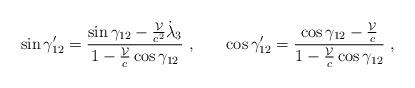
LaTeX: \begin{align*}\sin \gamma_{12}' = \frac {\sin \gamma_{12} - \frac {\cal V}{c^2} \dot \lambda_3}{1 - \frac {\cal V}c \cos \gamma_{12}}~, ~~~~~ \cos \gamma_{12}' = \frac {\cos \gamma_{12} - \frac {\cal V}{c}}{1 - \frac {\cal V}c \cos \gamma_{12}}~,\end{align*}